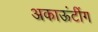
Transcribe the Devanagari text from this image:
अकाऊंटींग